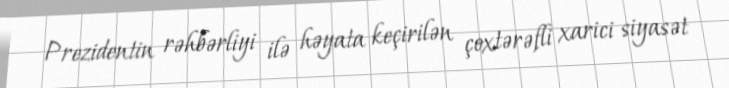
Prezidentin rəhbərliyi ilə həyata keçirilən çoxtərəfli xarici siyasət